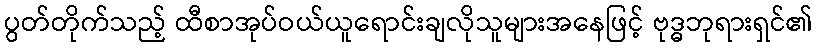
ပွတ်တိုက်သည့် ထီစာအုပ်ဝယ်ယူရောင်းချလိုသူများအနေဖြင့် ဗုဒ္ဓဘုရားရှင်၏